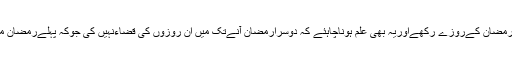
اوردوسرے رمضان میں میں نےمکمل رمضان کےروزے رکھےاوریہ بھی علم ہوناچاہئے کہ دوسرارمضان آنےتک میں ان روزوں کی قضاءنہیں کی جوکہ پہلےرمضان میں رہ گئےتھے تواس میں کیاحکم ہے ؟